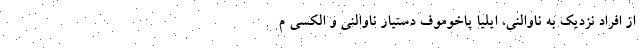
از افراد نزدیک به ناوالنی، ایلیا پاخوموف دستیار ناوالنی و الکسی م